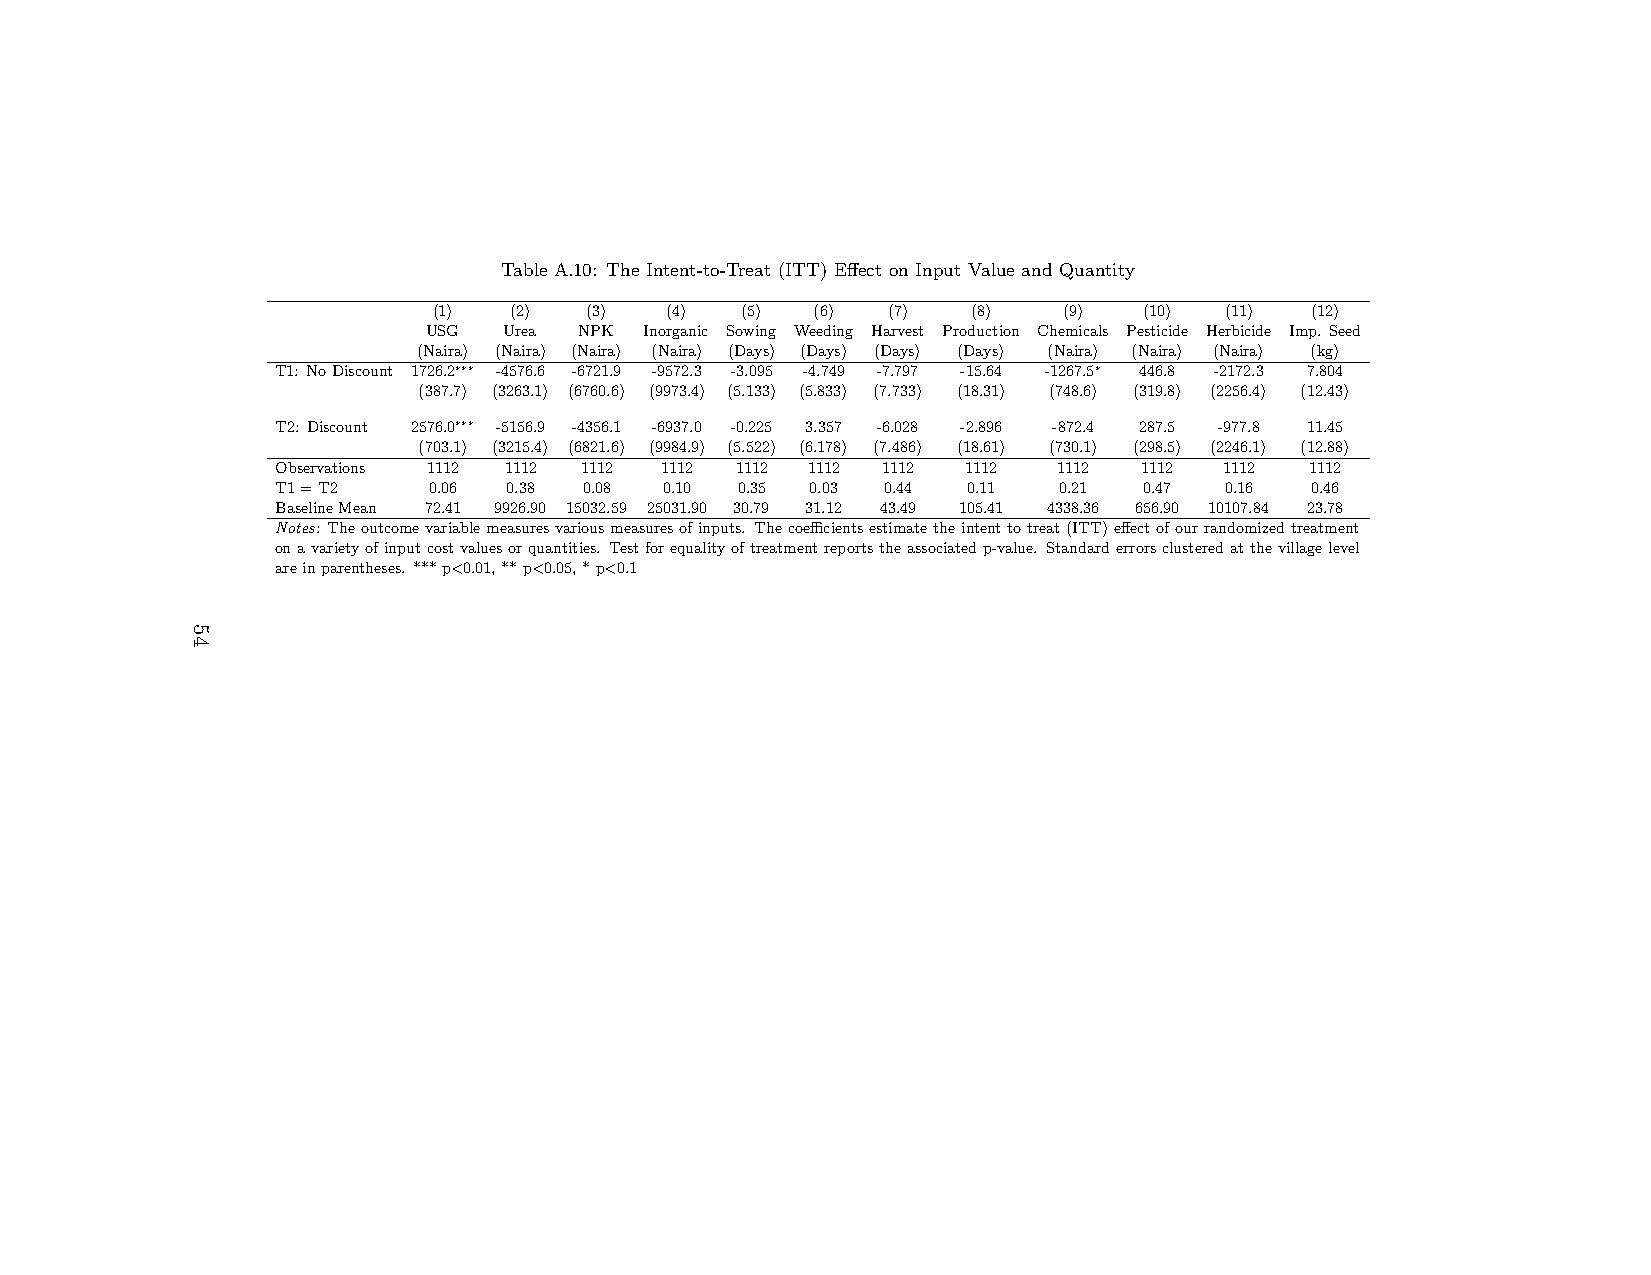
Table A.10: The Intent-to-Treat (ITT) Effect on Input Value and Quantity
 (1)  (2)  (3)  (4)  (5)  (6)  (7)  (8)   (9)   (10) (11)  (12)
 USG  Urea NPK  Inorganic Sowing Weeding Harvest Production Chemicals Pesticide Herbicide Imp. Seed
 (Naira) (Naira) (Naira) (Naira) (Days) (Days) (Days) (Days) (Naira) (Naira) (Naira) (kg)
 T1: NoDiscount 1726.2∗∗∗ -4576.6 -6721.9 -9572.3 -3.095 -4.749 -7.797 -15.64 -1267.5∗ 446.8 -2172.3 7.804
 (387.7) (3263.1) (6760.6) (9973.4) (5.133) (5.833) (7.733) (18.31) (748.6) (319.8) (2256.4) (12.43)
 T2: Discount 2576.0∗∗∗ -5156.9 -4356.1 -6937.0 -0.225 3.357 -6.028 -2.896 -872.4 287.5 -977.8 11.45
 (703.1) (3215.4) (6821.6) (9984.9) (5.522) (6.178) (7.486) (18.61) (730.1) (298.5) (2246.1) (12.88)
 Observations 1112 1112 1112 1112 1112 1112 1112 1112 1112 1112 1112  1112
 T1=T2     0.06  0.38 0.08 0.10 0.35 0.03 0.44 0.11  0.21  0.47 0.16  0.46
 BaselineMean 72.41 9926.90 15032.59 25031.90 30.79 31.12 43.49 105.41 4338.36 656.90 10107.84 23.78
 Notes: Theoutcomevariablemeasuresvariousmeasuresofinputs. Thecoefficientsestimatetheintenttotreat(ITT)effectofourrandomizedtreatment
 onavarietyofinputcostvaluesorquantities. Testforequalityoftreatmentreportstheassociatedp-value. Standarderrorsclusteredatthevillagelevel
 areinparentheses. ***p<0.01,**p<0.05,*p<0.1
 54